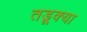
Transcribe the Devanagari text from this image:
तडूक्या